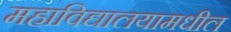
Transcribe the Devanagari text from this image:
महाविद्यालयामधील